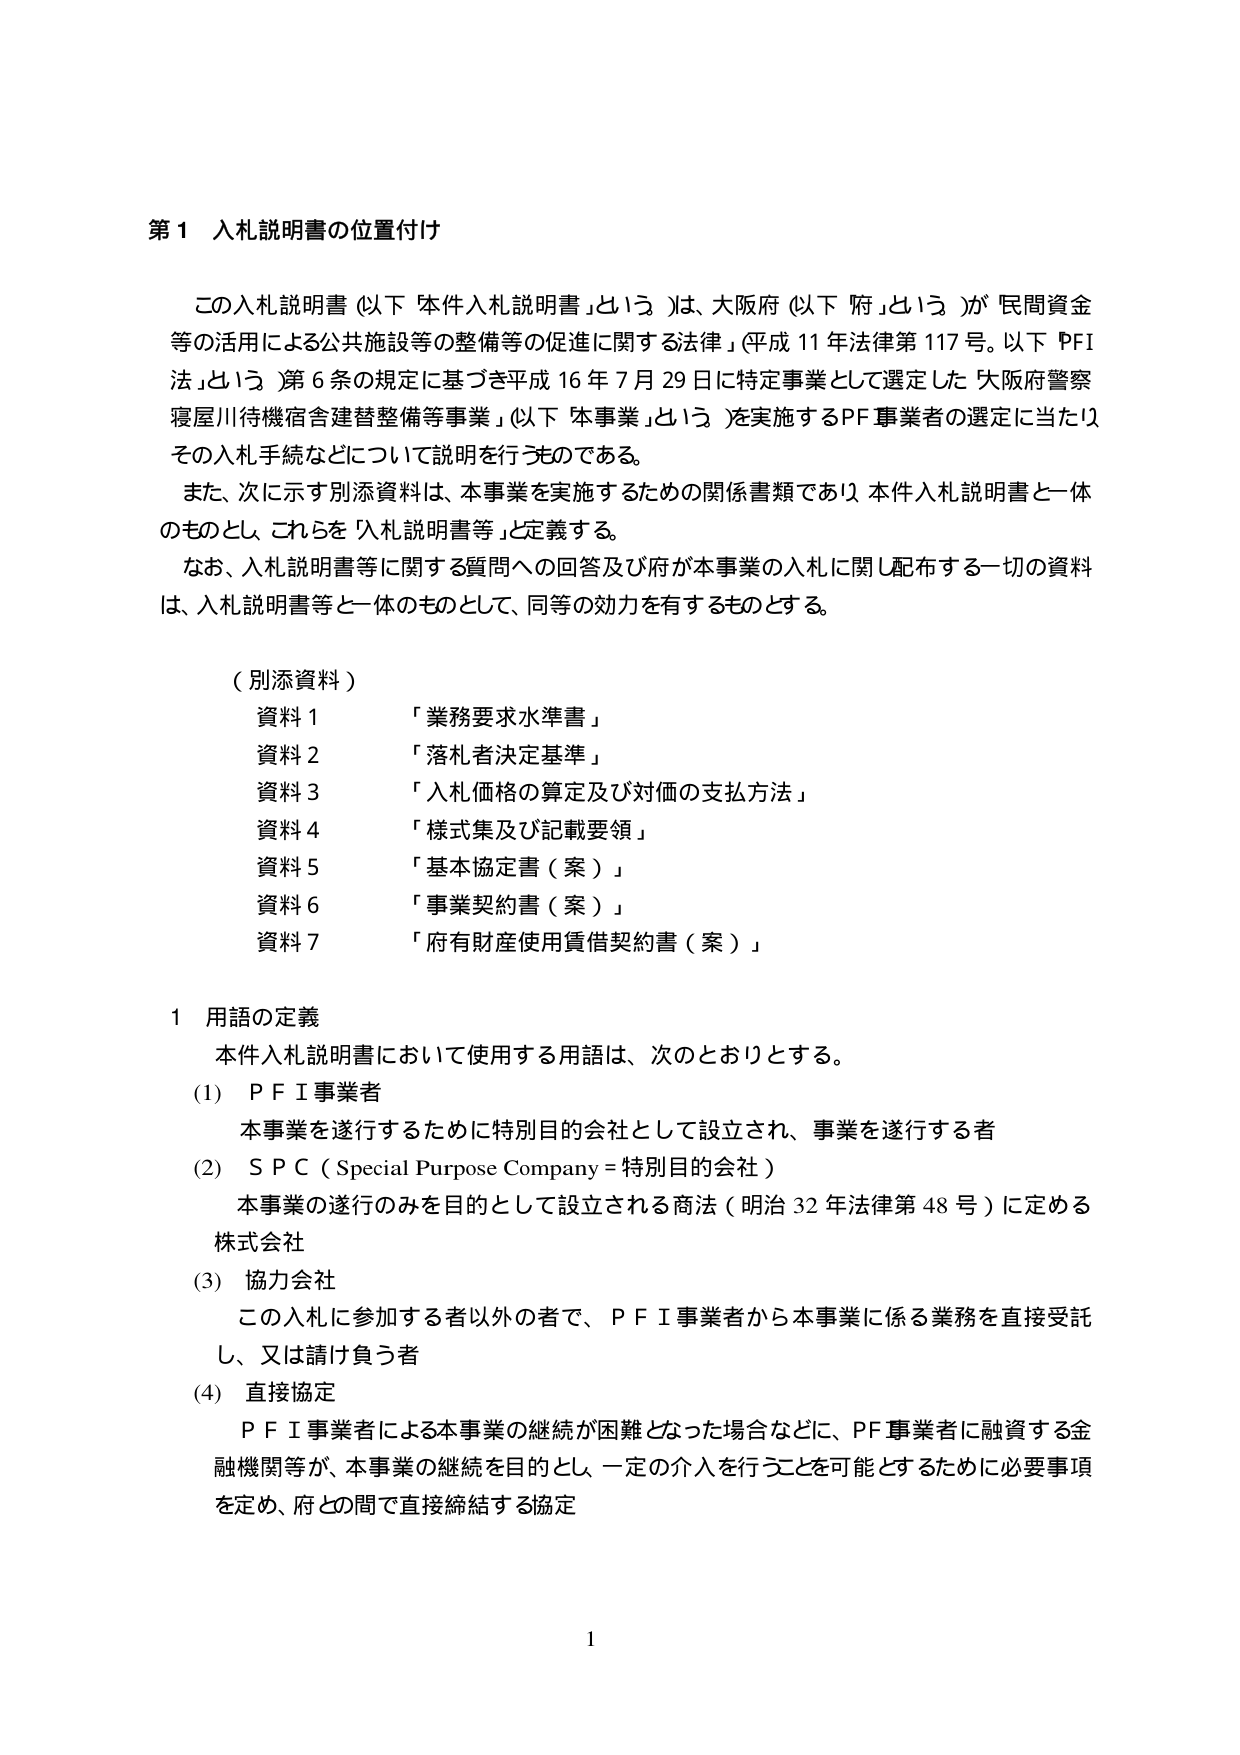
第１ 入札説明書の位置付け

この入札説明書（以下「本件入札説明書」という。）は、大阪府（以下「府」という。）が民間資金等の活用による公共施設等の整備等の促進に関する法律（平成11年法律第117号。以下「PFI法」という。）第6条の規定に基づき平成16年7月29日に特定事業として選定した「大阪府警察寝屋川待機宿舎建替整備等事業」（以下「本事業」という。）を実施するPF事業者の選定に当たり、その入札手続などについて説明を行うものである。

また、次に示す別添資料は、本事業を実施するための関係書類であり、本件入札説明書と一体のものとし、これらを「入札説明書等」と定義する。

なお、入札説明書等に関する質問への回答及び府が本事業の入札に関し配布する一切の資料は、入札説明書等と一体のものとして、同等の効力を有するものとする。

（別添資料）
資料１ 「業務要求水準書」
資料２ 「落札者決定基準」
資料３ 「入札価格の算定及び対価の支払方法」
資料４ 「様式集及び記載要領」
資料５ 「基本協定書（案）」
資料６ 「事業契約書（案）」
資料７ 「府有財産使用賃借契約書（案）」

１ 用語の定義

本件入札説明書において使用する用語は、次のとおりとする。

(1) PFI事業者
本事業を遂行するために特別目的会社として設立され、事業を遂行する者

(2) SPC（Special Purpose Company＝特別目的会社）
本事業の遂行のみを目的として設立される商法（明治32年法律第48号）に定める株式会社

(3) 協力会社
この入札に参加する者以外の者で、PFI事業者から本事業に係る業務を直接受託し、又は請け負う者

(4) 直接協定
PFI事業者による本事業の継続が困難となった場合などに、PF事業者に融資する金融機関等が、本事業の継続を目的とし、一定の介入を行うことを可能とするために必要事項を定め、府との間で直接締結する協定

1